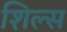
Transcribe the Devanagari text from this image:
शिल्स